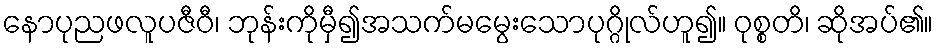
နောပုညဖလူပဇီဝီ၊ ဘုန်းကိုမှီ၍အသက်မမွေးသောပုဂ္ဂိုလ်ဟူ၍။ ဝုစ္စတိ၊ ဆိုအပ်၏။